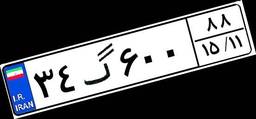
۳۴گ۶۰۰۸۸